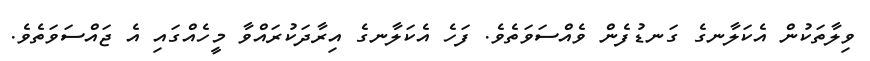
ވިލާތަކުން އެކަލާނގެ ގަނޑުފެން ވެއްސަވަތެވެ. ފަހެ އެކަލާނގެ އިރާދަކުރައްވާ މީހެއްގައި އެ ޖައްސަވަތެވެ.